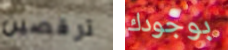
ترقصين بوجودك